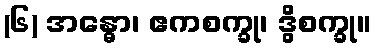
(၆) အန္ဓော၊ ဧကစက္ခု၊ ဒွိစက္ခု။